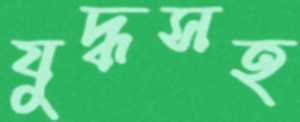
যুদ্ধসহ